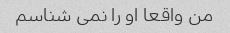
من واقعا او را نمی شناسم